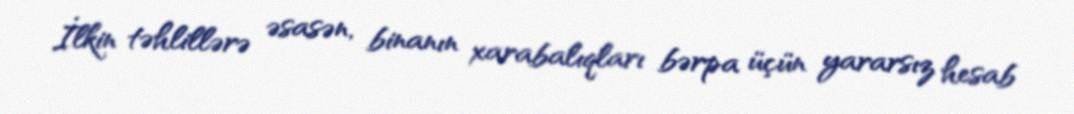
İlkin təhlillərə əsasən, binanın xarabalıqları bərpa üçün yararsız hesab